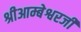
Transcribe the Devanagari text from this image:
श्रीआम्बेश्वरजी